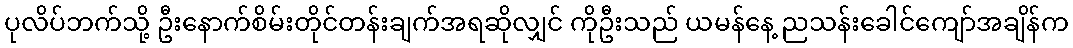
ပုလိပ်ဘက်သို့ ဦးနောက်စိမ်းတိုင်တန်းချက်အရဆိုလျှင် ကိုဦးသည် ယမန်နေ့ ညသန်းခေါင်ကျော်အချိန်က